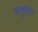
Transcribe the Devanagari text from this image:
महुधा